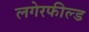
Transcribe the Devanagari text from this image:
लगेरफील्ड